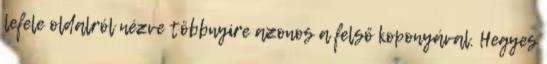
lefele oldalról nézve többnyire azonos a felső koponyával. Hegyes